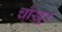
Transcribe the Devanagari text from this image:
चौखूर